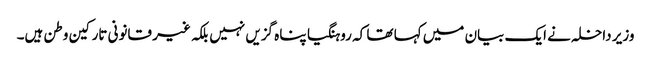
وزیر داخلہ نے ایک بیان میں کہا تھا کہ روہنگیا پناہ گزیں نہیں بلکہ غیر قانونی تارکین وطن ہیں۔